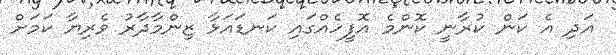
އަދި އެ ކަން ކުރާނީ ކޮންމެ އޮފީހެއްގައި ކަނޑައަޅާ ޒިންމާދާރު ވެރިޔާ ކަމަށް